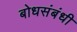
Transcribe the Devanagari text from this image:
बोधसंबंधी